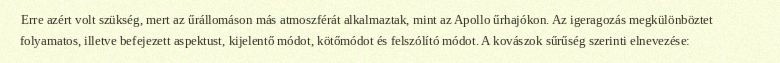
Erre azért volt szükség, mert az űrállomáson más atmoszférát alkalmaztak, mint az Apollo űrhajókon. Az igeragozás megkülönböztet folyamatos, illetve befejezett aspektust, kijelentő módot, kötőmódot és felszólító módot. A kovászok sűrűség szerinti elnevezése: